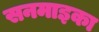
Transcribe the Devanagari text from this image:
सनमाइका